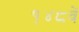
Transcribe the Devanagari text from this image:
१४८वें